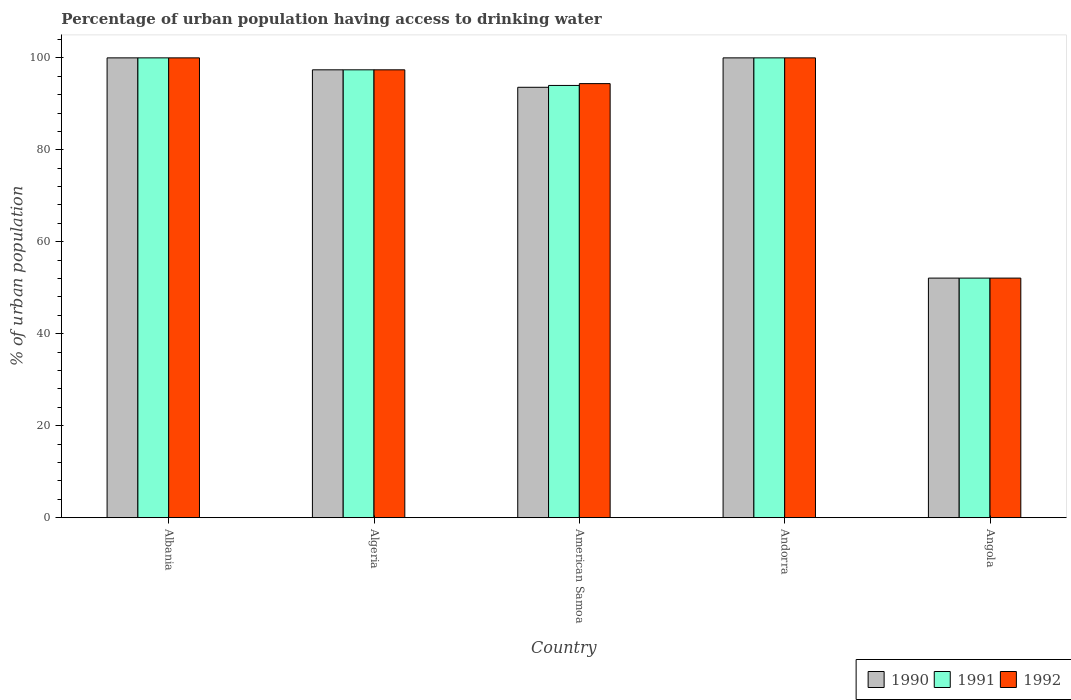
| Country | 1990 | 1991 | 1992 |
 | --- | --- | --- | --- |
 | Albania | 100 | 100 | 100 |
 | Algeria | 97.4 | 97.4 | 97.4 |
 | American Samoa | 93.6 | 94 | 94.4 |
 | Andorra | 100 | 100 | 100 |
 | Angola | 52.1 | 52.1 | 52.1 |